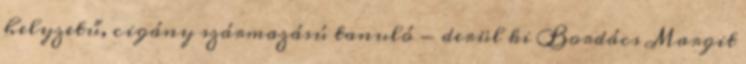
helyzetű, cigány származású tanuló - derül ki Bordács Margit